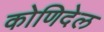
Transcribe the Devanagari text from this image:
कोणिदेल